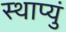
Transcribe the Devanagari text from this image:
स्थाप्युं